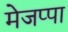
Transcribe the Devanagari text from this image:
मेजप्पा